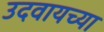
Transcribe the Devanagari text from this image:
उदवायच्या